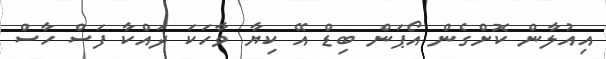
އިއުލާން ކޮށްގެން އޯޕަން ބިޑް އޭ ކިޔާ ވާހަކަ ދައްކާ ފަސް ހާސް